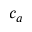
c _ { a }